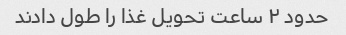
حدود ۲ ساعت تحویل غذا را طول دادند